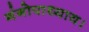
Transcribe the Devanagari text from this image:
गंगोपाध्याय।